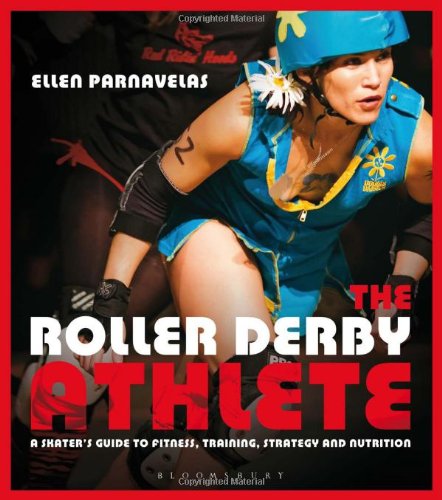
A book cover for The Roller Derby Athlete; Ellen Parnavelas; Sports & Outdoors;